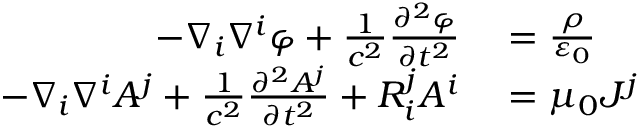
\begin{array} { r l } { - \nabla _ { i } \nabla ^ { i } \varphi + { \frac { 1 } { c ^ { 2 } } } { \frac { \partial ^ { 2 } \varphi } { \partial t ^ { 2 } } } } & { { } = { \frac { \rho } { \varepsilon _ { 0 } } } } \\ { - \nabla _ { i } \nabla ^ { i } A ^ { j } + { \frac { 1 } { c ^ { 2 } } } { \frac { \partial ^ { 2 } A ^ { j } } { \partial t ^ { 2 } } } + R _ { i } ^ { j } A ^ { i } } & { { } = \mu _ { 0 } J ^ { j } } \end{array}